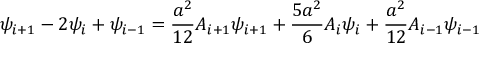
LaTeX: \psi _ { i + 1 } - 2 \psi _ { i } + \psi _ { i - 1 } = { \frac { a ^ { 2 } } { 1 2 } } A _ { i + 1 } \psi _ { i + 1 } + { \frac { 5 a ^ { 2 } } { 6 } } A _ { i } \psi _ { i } + { \frac { a ^ { 2 } } { 1 2 } } A _ { i - 1 } \psi _ { i - 1 }